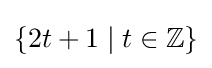
\{2t+1\mid t\in \mathbb {Z} \}